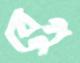
বেগু